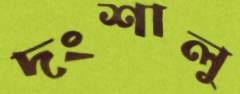
দংশালু